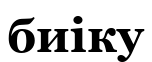
биіку